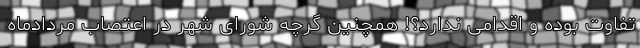
تفاوت بوده و اقدامی ندارد؟! همچنین گرچه شورای شهر در اعتصاب مردادماه